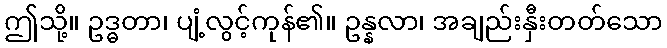
ဤသို့။ ဥဒ္ဓတာ၊ ပျံ့လွင့်ကုန်၏။ ဥန္နလာ၊ အချည်းနှီးတတ်သော